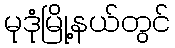
မုဒုံမြို့နယ်တွင်